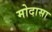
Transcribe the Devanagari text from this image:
मोदासा